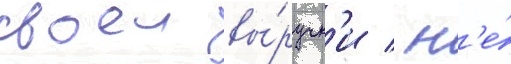
своеи вы́ручк'и / н'е́